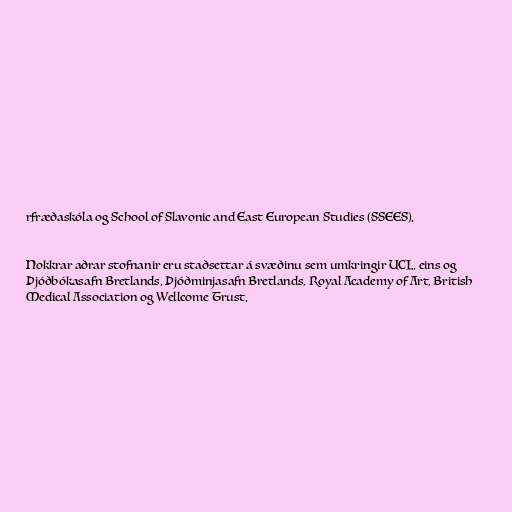
rfræðaskóla og School of Slavonic and East European Studies (SSEES).

Nokkrar aðrar stofnanir eru staðsettar á svæðinu sem umkringir UCL, eins og
Þjóðbókasafn Bretlands, Þjóðminjasafn Bretlands, Royal Academy of Art, British
Medical Association og Wellcome Trust.